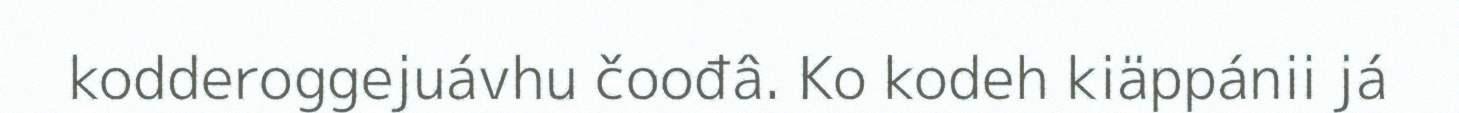
kodderoggejuávhu čoođâ. Ko kodeh kiäppánii já